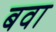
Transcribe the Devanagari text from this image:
बवा